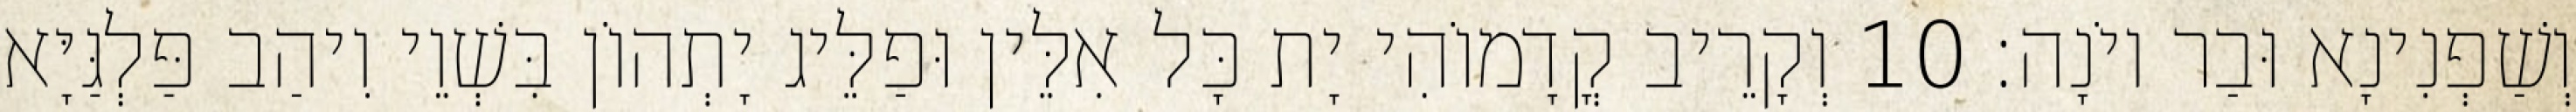
וְשַׁפְנִינָא וּבַר יוֹנָה׃ 10 וְקָרֵיב קֳדָמוֹהִי יָת כָּל אִלֵּין וּפַלֵּיג יָתְהוֹן בִּשְׁוֵי וִיהַב פַּלְגַּיָּא